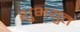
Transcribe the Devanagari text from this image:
शुभयुत